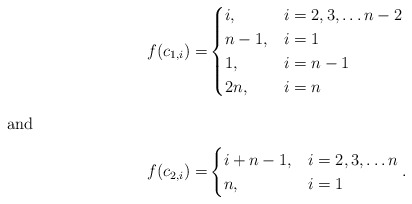
\begin{align*} f(c_{1,i}) =& \begin{cases} i, & i=2,3,\ldots n-2\\ n-1, & i=1\\ 1, & i=n-1\\ 2n,& i=n \end{cases}\intertext{and} f(c_{2,i}) =& \begin{cases} i+n-1, & i=2,3,\ldots n\\ n, & i=1 \end{cases}.\end{align*}